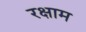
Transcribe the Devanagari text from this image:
रक्षाम